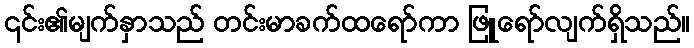
၎င်း၏မျက်နှာသည် တင်းမာခက်ထရော်ကာ ဖြူရော်လျက်ရှိသည်။